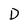
Character: D